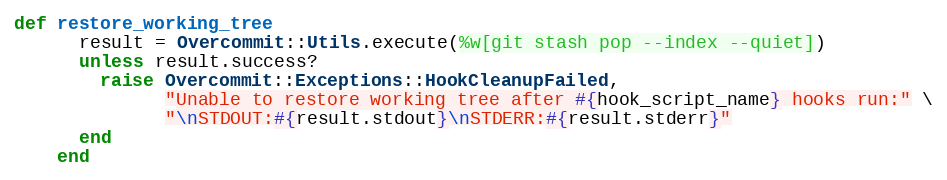
Language: Ruby
def restore_working_tree
      result = Overcommit::Utils.execute(%w[git stash pop --index --quiet])
      unless result.success?
        raise Overcommit::Exceptions::HookCleanupFailed,
              "Unable to restore working tree after #{hook_script_name} hooks run:" \
              "\nSTDOUT:#{result.stdout}\nSTDERR:#{result.stderr}"
      end
    end